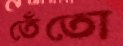
তেঁতো